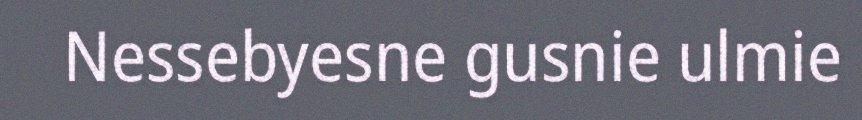
Nessebyesne gusnie ulmie